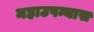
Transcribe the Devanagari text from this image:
महाउपन्यास